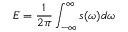
E = \frac { 1 } { 2 \pi } \int _ { - \infty } ^ { \infty } s ( \omega ) d \omega